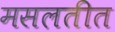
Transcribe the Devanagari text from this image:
मसलतीत